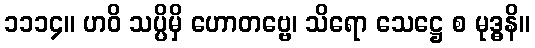
၁၁၁၄။ ဟဝိ သပ္ပိမှိ ဟောတဗ္ဗေ၊ သိရော သေဋ္ဌေ စ မုဒ္ဓနိ။